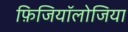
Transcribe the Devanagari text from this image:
फ़िजियॉलोजिया